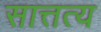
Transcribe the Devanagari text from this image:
सात्तत्य